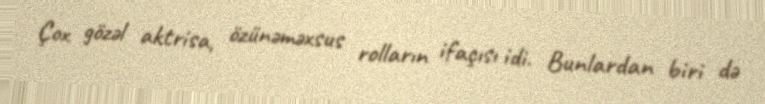
Çox gözəl aktrisa, özünəməxsus rolların ifaçısı idi. Bunlardan biri də